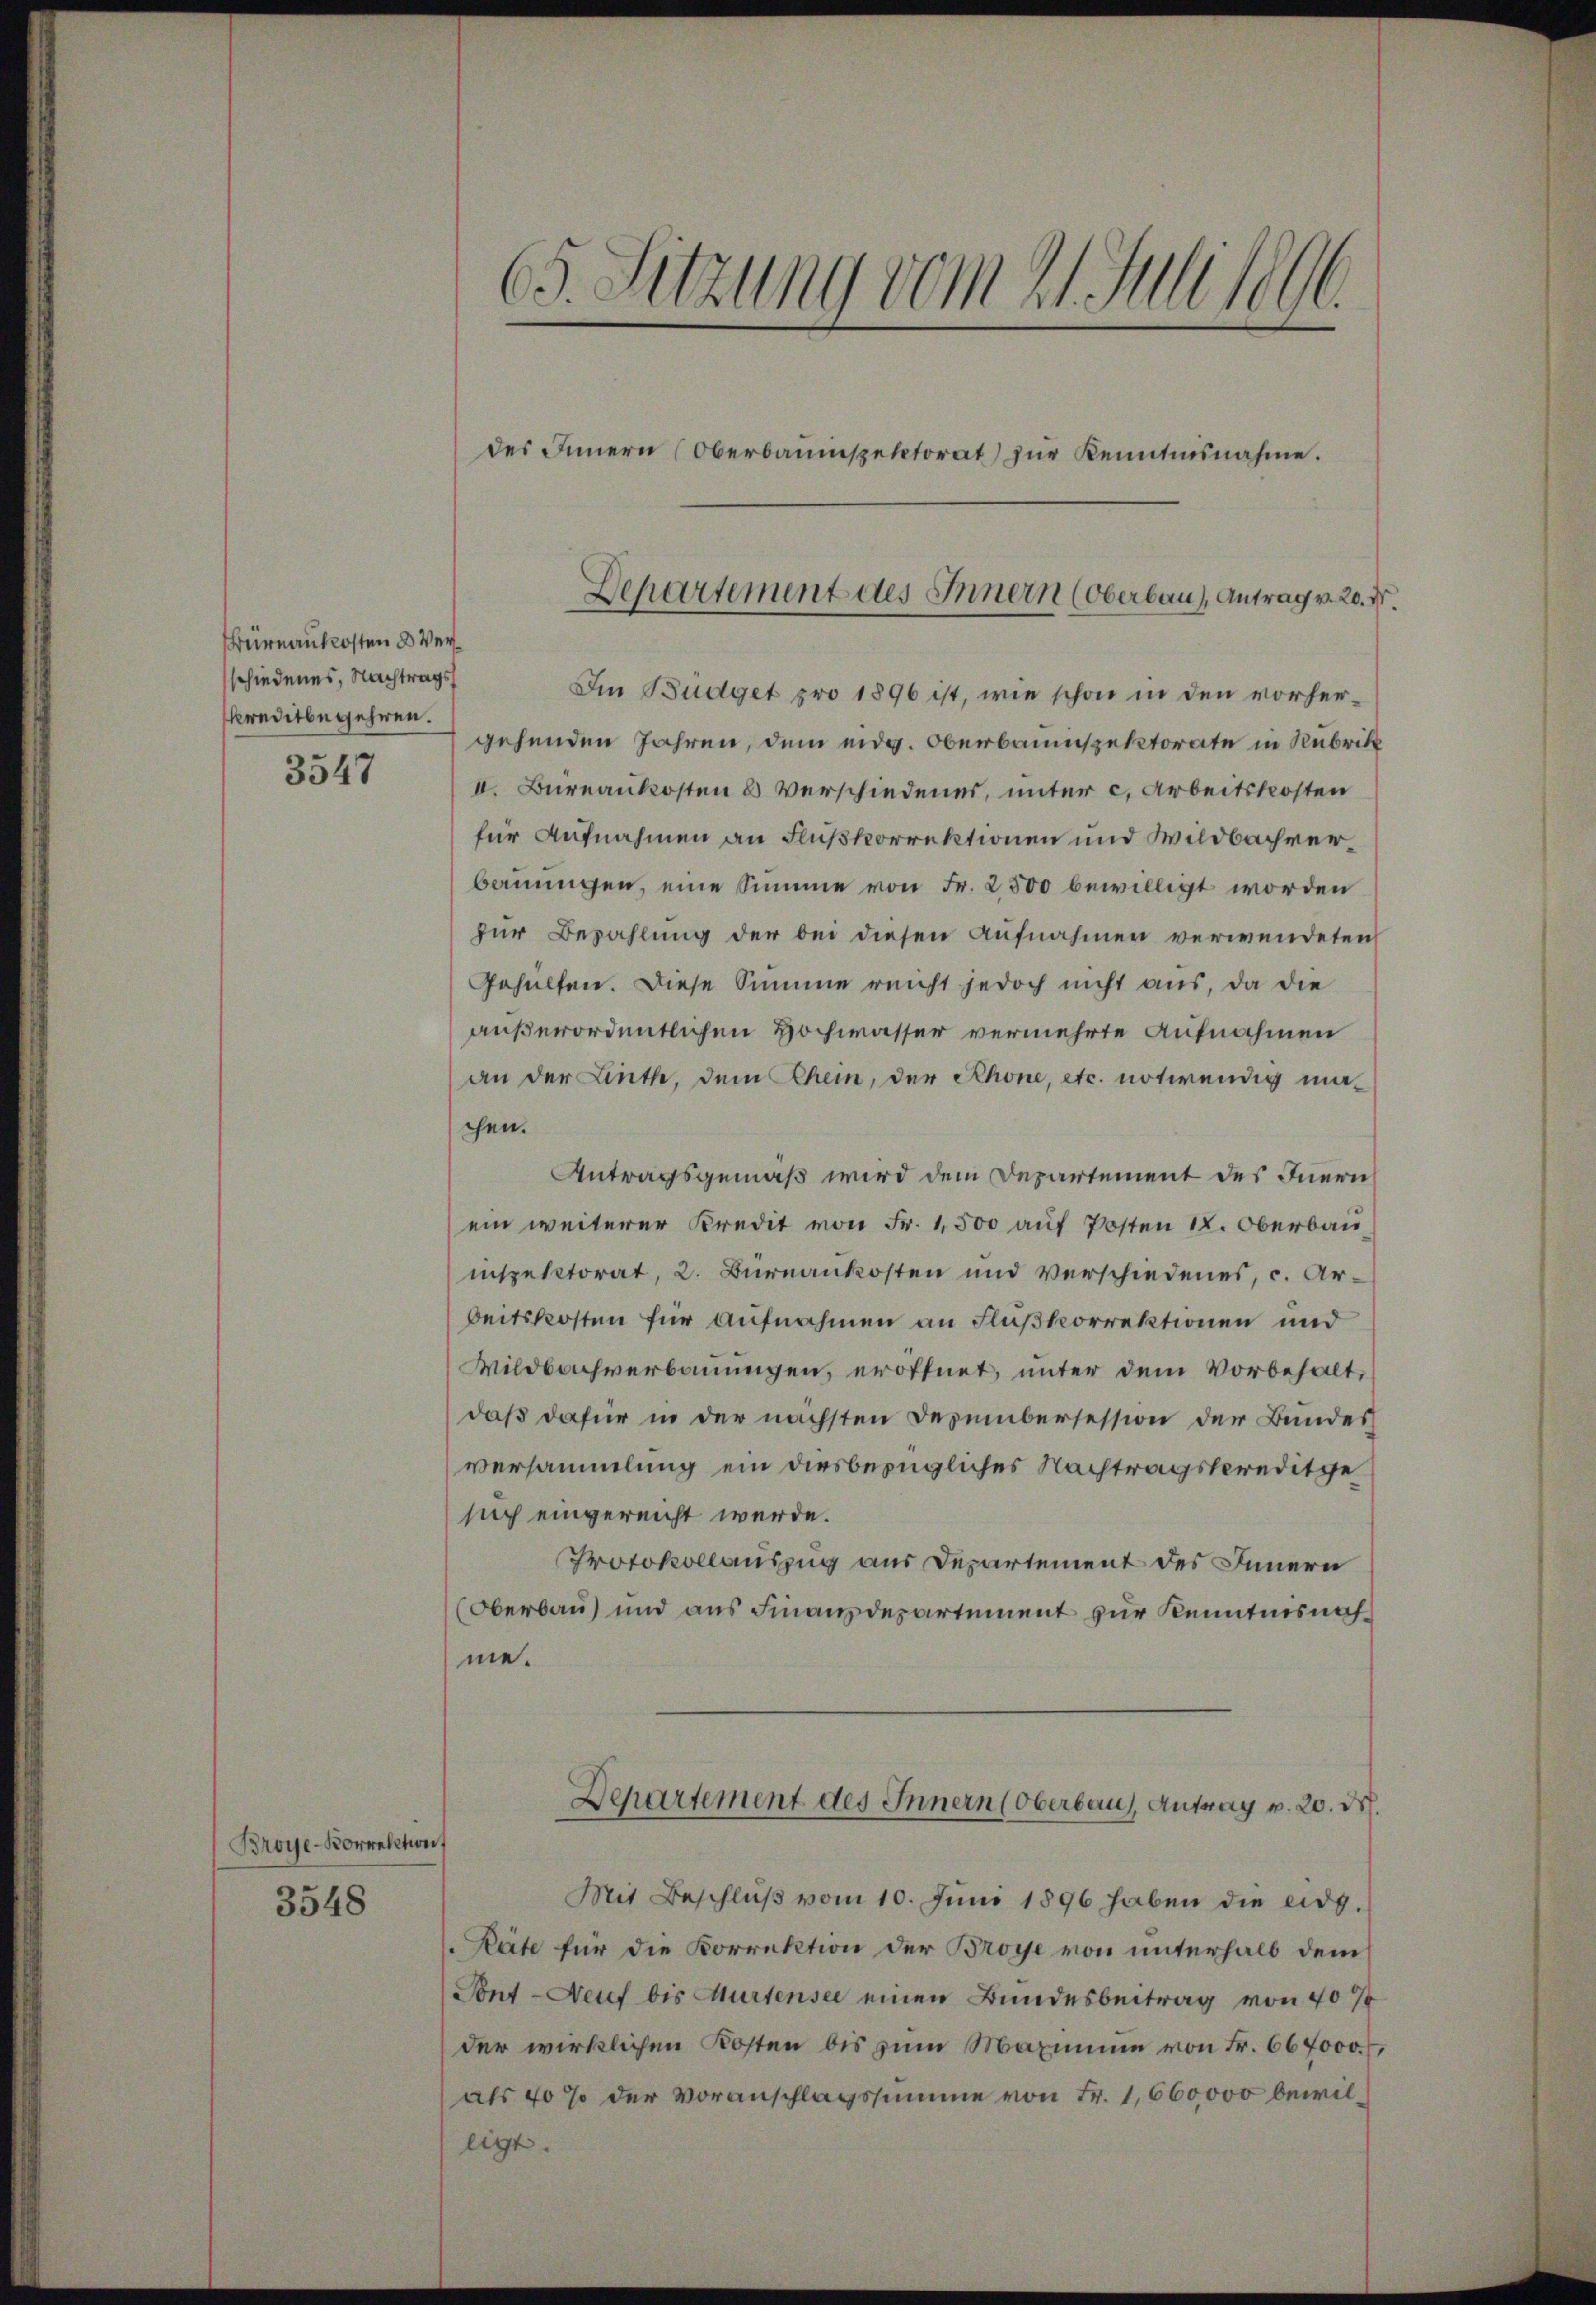
Büreaukosten 3 Verschiedenes, Nachtrags
kreditbegehren.
3547

Broye-Korrelation

3548

des Innern (Oberbaumspektorat zur Kenntnisnahme.
Im Budget pro 1896 ist, wie schon in den vorhergehenden Jahren, dem eidg. Oberbauinspektorate in Rubrik
II. Bureaukosten & Verschiedenes, unter c. Arbeitskosten
für Aufnahmen an Flußkorrektionen und Wildbachverbauungen, eine Summe von Fr. 2500 bewilligt worden
zur Bezahlung der bei diesen Aufnahmen verwendeten
Gehülfen. Diese Summe reicht jedoch nicht aus, da die
außerordentlichen Hochwasser vermehrte Aufnahmen
an der Linth, dem Rhein, der Rhone, etc. notwendig machen.
Antragsgemäß wird dem Departement des Inern
ein weiterer Kredit von Fr. 1,500 auf Posten 12. Oberbau
inspektorat, 2. Bureaukosten und verschiedenes, c. Arbeitskosten für Aufnahmen an Flußkorrektionen und
Wildbachverbauungen, eröffnet, unter dem Vorbehaltdaß dafür in der nächsten Dezembersession der Bundes
versammlung ein diesbezügliches Nachtragskreditge
sich eingereicht werde.
Protokollauszug aus Departement des Innern
(Oberbau und aus Finanzdepartement zur Kenntnisnahme.
Departement des Innern (Oberbaus, Antrag v. 20. d.
Mit Beschlŭβ vom 10. Juni 1896 haben die eidg.
Räte für die Korrektion der Broyse von unterhalb dem
Pont - Neuf bis Murtensee einen Bundesbeitrag von 40 f
der wirklichen Kosten bis zum Maximum von Fr. 667000.,
als 40 % der Voranschlagssumme von Fr. 1,600,000 bewilligt.

65. Sitzung vom 21. Juli 1896.

Departement des Innern (Oberbau), Antrag v. 20. d.